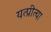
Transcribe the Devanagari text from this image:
यत्प्रीत्या